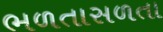
ભળતાસળતા